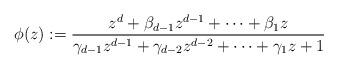
LaTeX: \begin{align*}\phi(z):=\frac{z^d+\beta_{d-1}z^{d-1}+\cdots+\beta_1z}{\gamma_{d-1}z^{d-1}+\gamma_{d-2}z^{d-2}+\cdots+\gamma_1z+1}\end{align*}